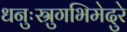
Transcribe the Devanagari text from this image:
धनुःस्रुगभिमेदुरे